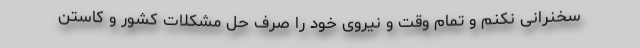
سخنرانی نکنم و تمام وقت و نیروی خود را صرف حل مشکلات کشور و کاستن